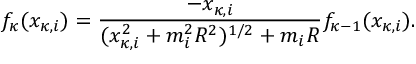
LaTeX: f _ { \kappa } ( x _ { \kappa , i } ) = { \frac { - x _ { \kappa , i } } { ( x _ { \kappa , i } ^ { 2 } + m _ { i } ^ { 2 } R ^ { 2 } ) ^ { 1 / 2 } + m _ { i } R } } f _ { \kappa - 1 } ( x _ { \kappa , i } ) .